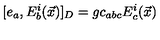
[ e _ { a } , E _ { b } ^ { i } ( \vec { x } ) ] _ { D } = g c _ { a b c } E _ { c } ^ { i } ( \vec { x } )